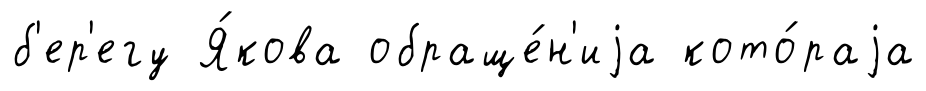
б'ер'егу Я́кова обраще́н'иjа кото́раjа